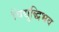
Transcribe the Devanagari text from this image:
विद्युद्धिभव